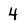
Character: 4